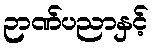
ဉာဏ်ပညာနှင့်